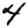
Digit: 4